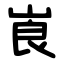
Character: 崀